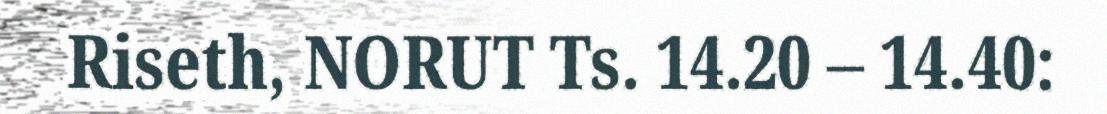
Riseth, NORUT Ts. 14.20 – 14.40: